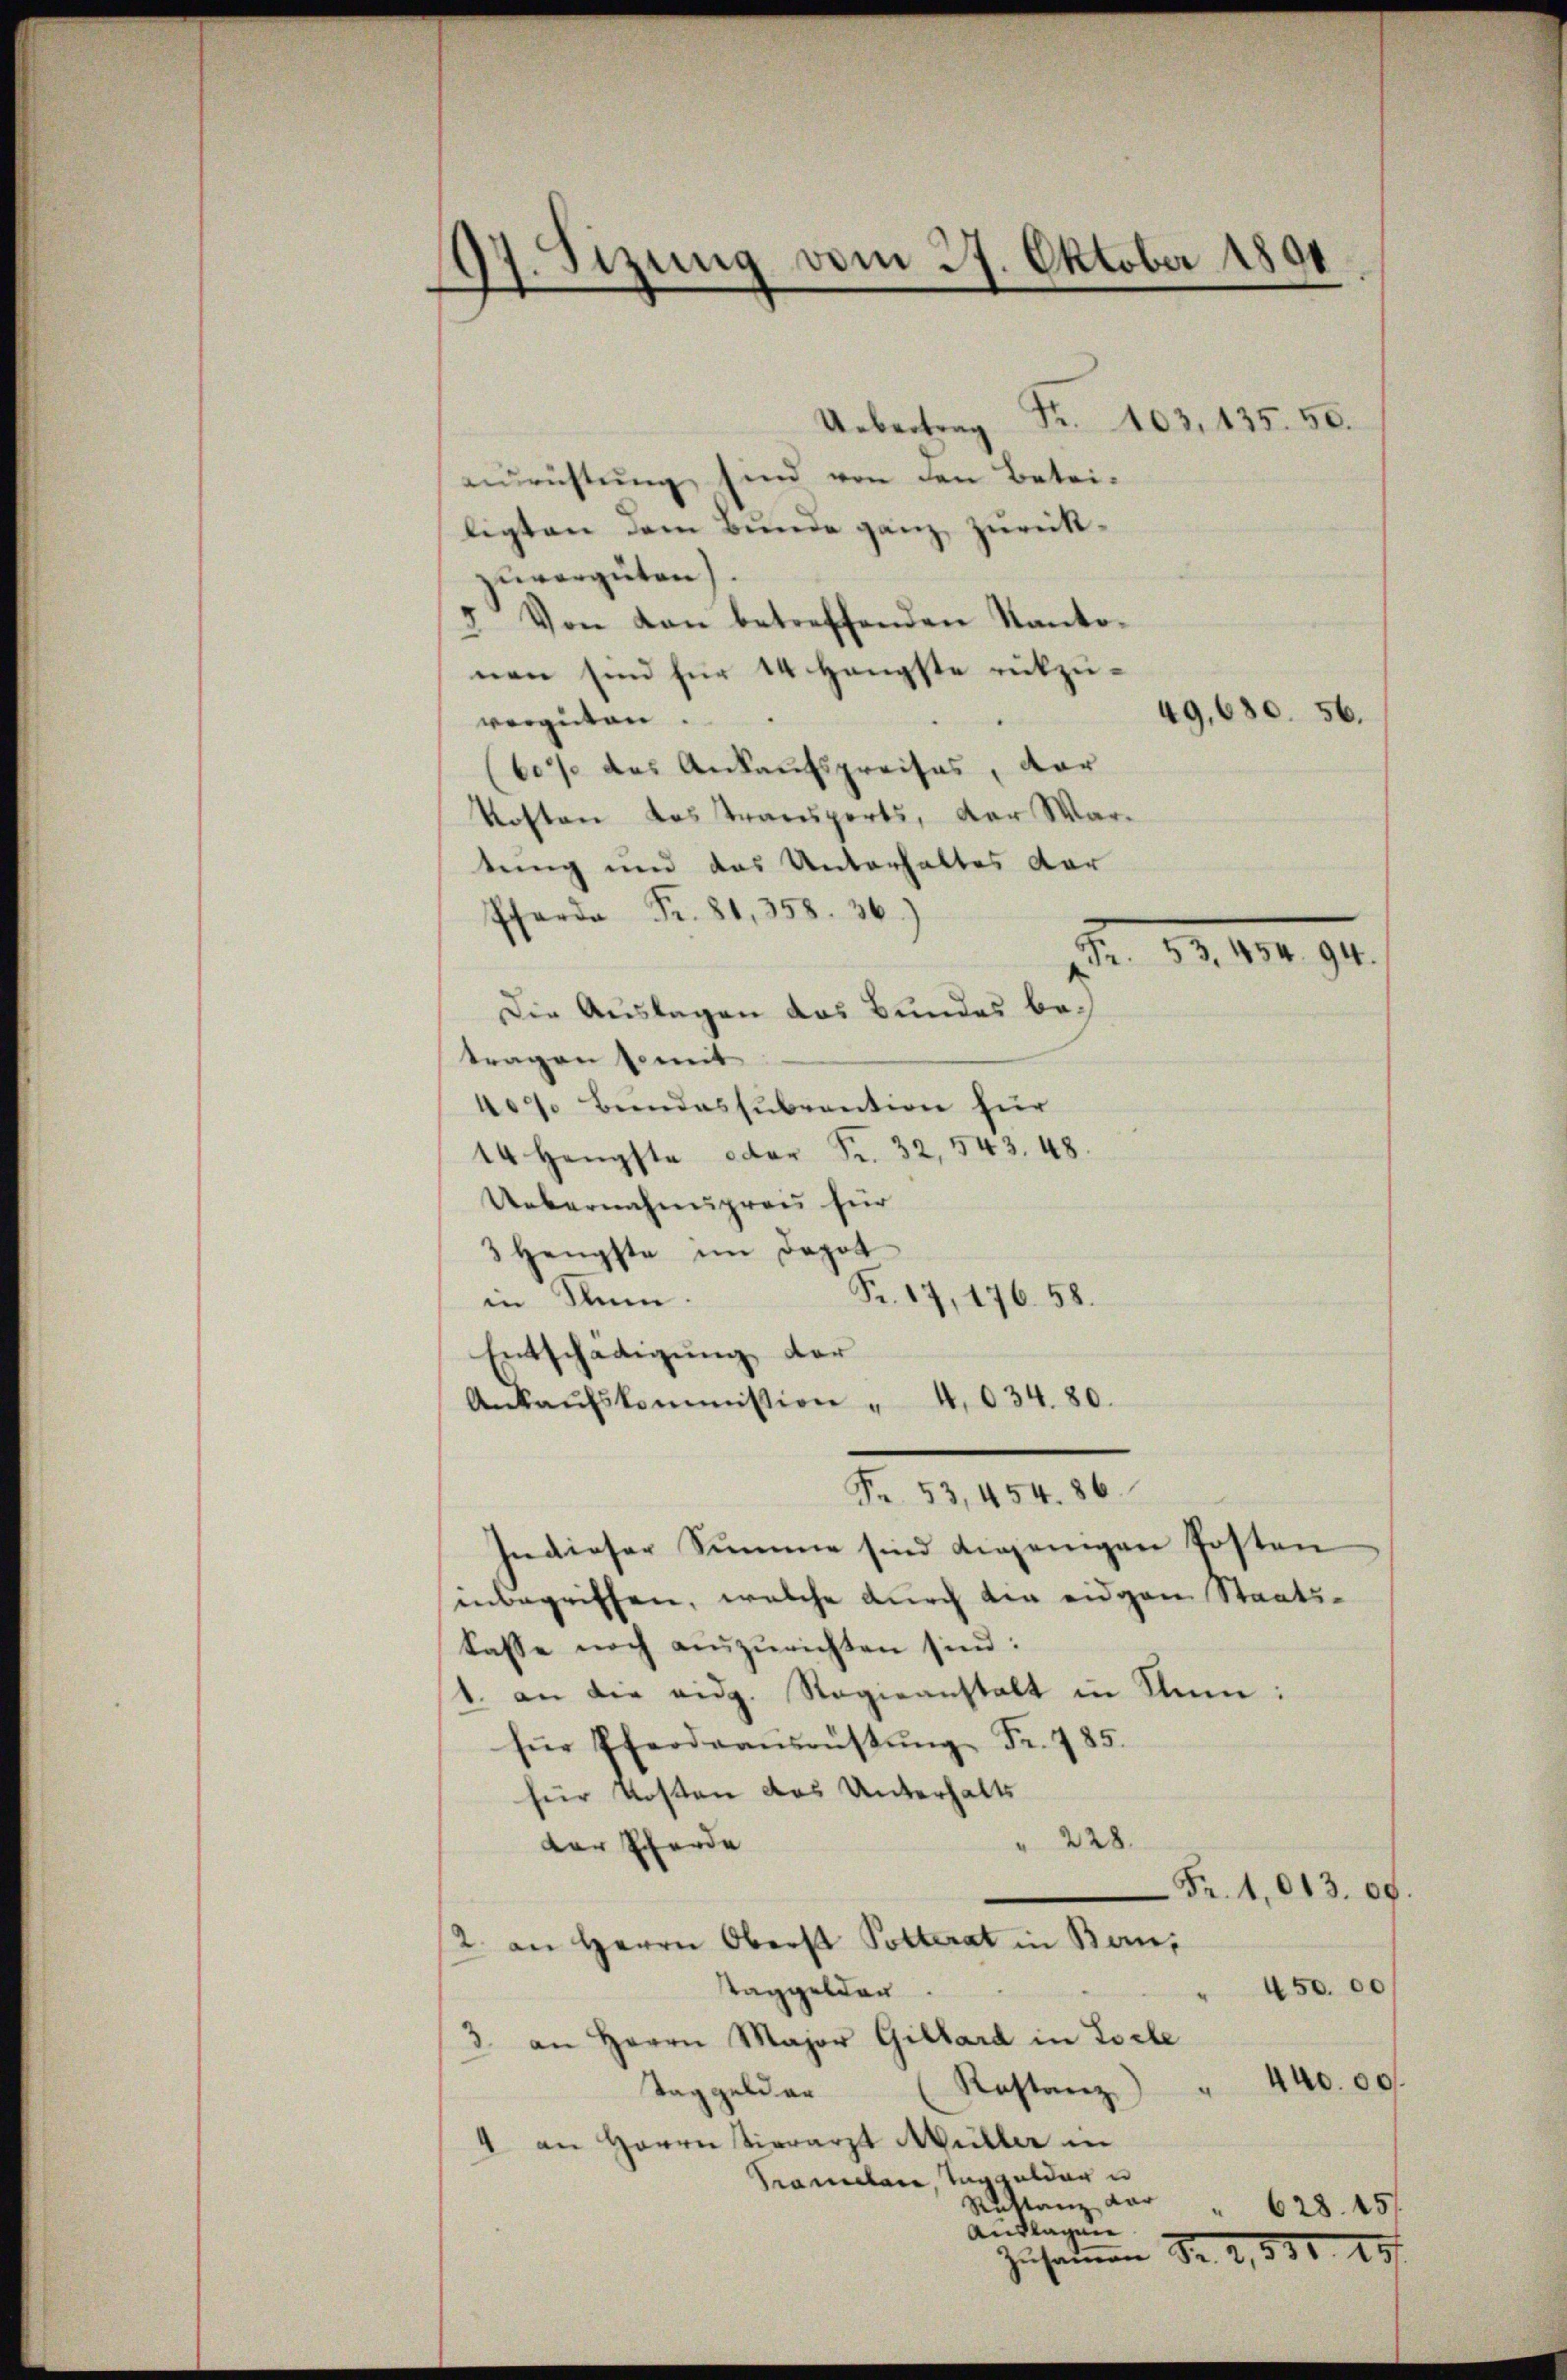
107. Sizung vom 27. Oktober 1891

Uebertrag Fr. 103, 135. 50.
einrichtung sind von den Betei-
ligten dem Bunde ganz zureiktzuvergüten).
3. Von Kan betreffenden Kantonen sind für 14 Hängste rückzu¬
49,680. 56.
vergüten.
60/ das Ankaufspreises, dar
Kosten das Traeuperts, der Wartung und das Unterhaltes dar
f Fr. 81, 358. 36.)
Die Auslagen das Bundes betragen somit
40% Bundessubvention für
14 Hengste oder Fr. 32, 543. 48
Uebernehmigreis für
3 Hengste im Depot
Fr. 17, 176. 58.
in Num.
Entschädigung der
Ankaŭfskommission " 4,034. 80.
Fr. 53, 454. 86.
Indieser Summe sind diejenigen Posten
enbegriffen, welche durch die eidgen Staatskasse noch einzurichten sind:
1. an der eidg. Ragieanstalt in Sinn:
für Pferdraŭsrüstŭng Fr. 785.
für Kosten das Unterhalts
228.
der Pferde
Fr. 1,013. 89.
2. an Herrn Oberst Potterat in Ban
Taggelder.
450. 00
3. an Herrn Major Gillard in Loche
440.00
Kostanz
Taggeld an
4 an Herrn Vierarzt Müller in
Pramelan, Taggelder u
Ruttanz dar
" 628. 15.
Auslagen
Zusammen Nr. 2, 831. 45

Fr. 53. 454. 94.